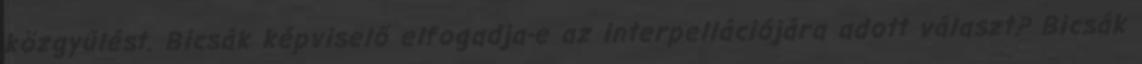
közgyűlést. Bicsák képviselő elfogadja-e az interpellációjára adott választ? Bicsák